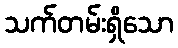
သက်တမ်းရှိသော